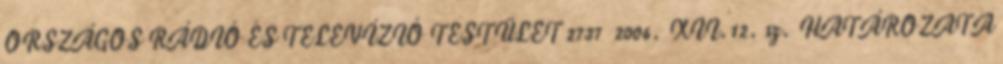
ORSZÁGOS RÁDIÓ ÉS TELEVÍZIÓ TESTÜLET 2737 2006. XII.12. sz. HATÁROZATA